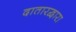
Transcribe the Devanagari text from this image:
दातारद्वारा